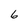
Character: 6